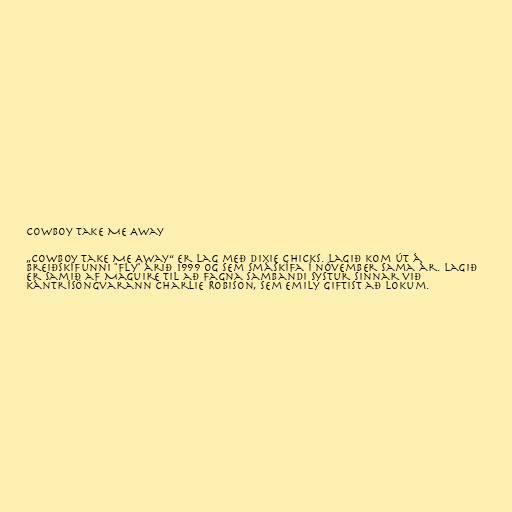
Cowboy Take Me Away

„Cowboy Take Me Away“ er lag með Dixie Chicks. Lagið kom út á
breiðskífunni "Fly" árið 1999 og sem smáskífa í nóvember sama ár. Lagið
er samið af Maguire til að fagna sambandi systur sinnar við
kántrísöngvarann Charlie Robison, sem Emily giftist að lokum.